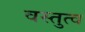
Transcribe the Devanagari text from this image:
वस्तुत्व